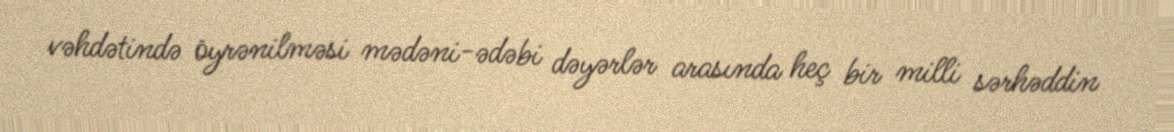
vəhdətində öyrənilməsi mədəni-ədəbi dəyərlər arasında heç bir milli sərhəddin